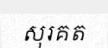
សុរគត